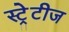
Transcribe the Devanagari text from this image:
स्ट्रेटीज